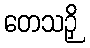
တေသဉှိ